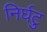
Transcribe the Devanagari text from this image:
निर्घटु